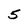
Character: 5